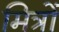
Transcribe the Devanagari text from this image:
मित्रोंं